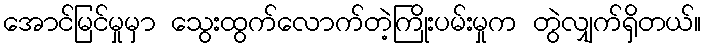
အောင်မြင်မှုမှာ သွေးထွက်လောက်တဲ့ကြိုးပမ်းမှုက တွဲလျှက်ရှိတယ်။